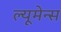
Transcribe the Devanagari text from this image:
ल्यूमेन्स